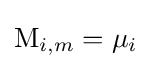
\mathrm {M} _{i,m}=\mu _{i}